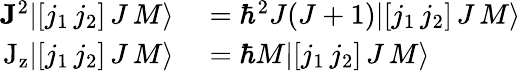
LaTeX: \begin{array}{rl}{\mathbf{J}^{2}|[j_{1}\, j_{2}]\, J\, M\rangle}&{{}=\hbar^{2}J(J+1)|[j_{1}\, j_{2}]\, J\, M\rangle}\\ {\mathrm{J_{z}}|[j_{1}\, j_{2}]\, J\, M\rangle}&{{}=\hbar M|[j_{1}\, j_{2}]\, J\, M\rangle}\end{array}